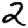
Digit: 2